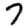
Digit: 7